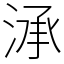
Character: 㴍